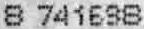
8 741698